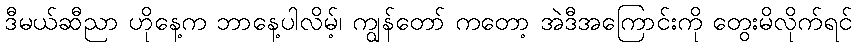
ဒီမယ်ဆီညာ ဟိုနေ့က ဘာနေ့ပါလိမ့်၊ ကျွန်တော် ကတော့ အဲဒီအကြောင်းကို တွေးမိလိုက်ရင်